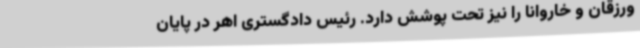
ورزقان و خاروانا را نیز تحت پوشش دارد. رئیس دادگستری اهر در پایان